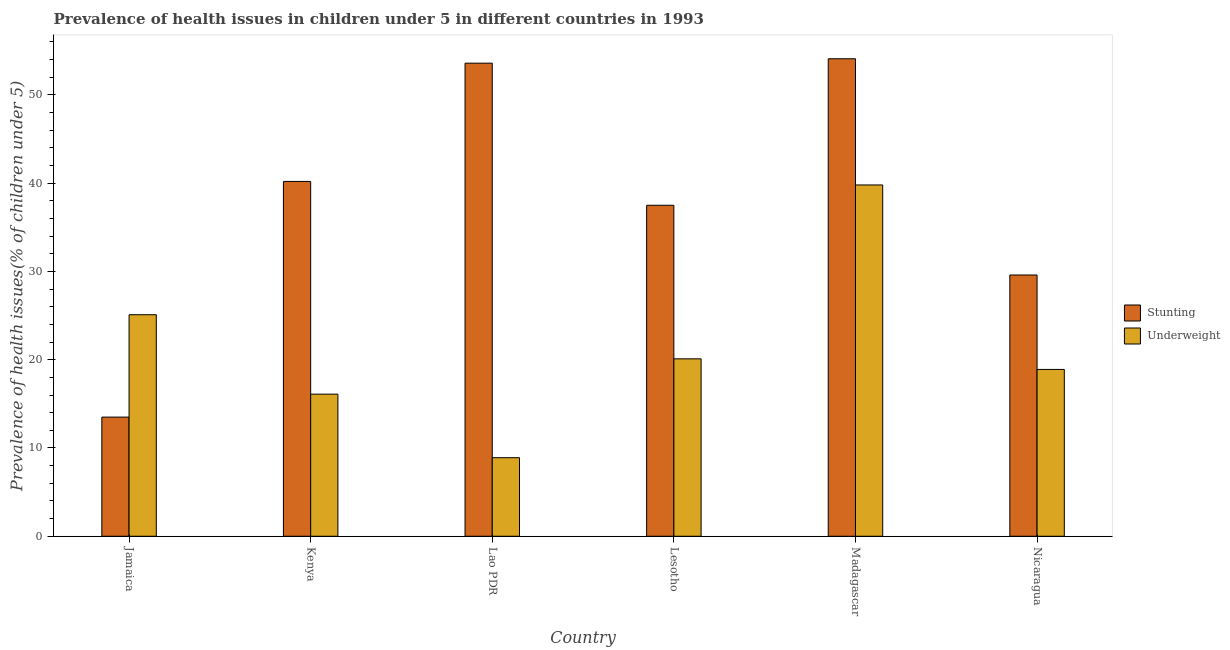
| Country | Stunting | Underweight |
 | --- | --- | --- |
 | Jamaica | 13.5 | 25.1 |
 | Kenya | 40.2 | 16.1 |
 | Lao PDR | 53.6 | 8.9 |
 | Lesotho | 37.5 | 20.1 |
 | Madagascar | 54.1 | 39.8 |
 | Nicaragua | 29.6 | 18.9 |